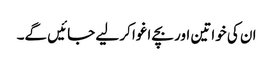
ان کی خواتین اور بچے اغوا کر لیے جائیں گے۔